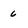
Character: 6